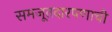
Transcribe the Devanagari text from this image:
समजूतदारपणाची